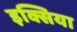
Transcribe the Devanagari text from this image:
इक्सिया